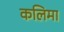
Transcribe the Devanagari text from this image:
कलिमा